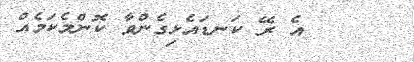
٤      އެ ރޭ ކަނޑައެޅިގެންވާ ކޮންމެކަމެއް